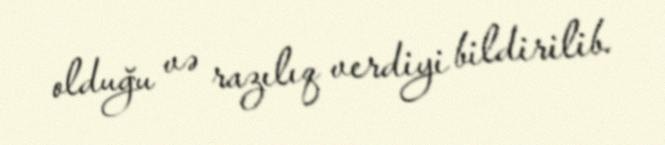
olduğu və razılıq verdiyi bildirilib.